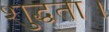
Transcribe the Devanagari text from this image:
शुद्धता।